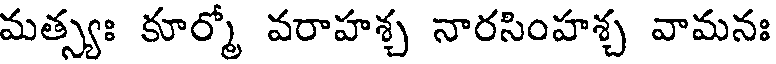
మత్స్యః కూర్మో వరాహశ్చ నారసింహశ్చ వామనః